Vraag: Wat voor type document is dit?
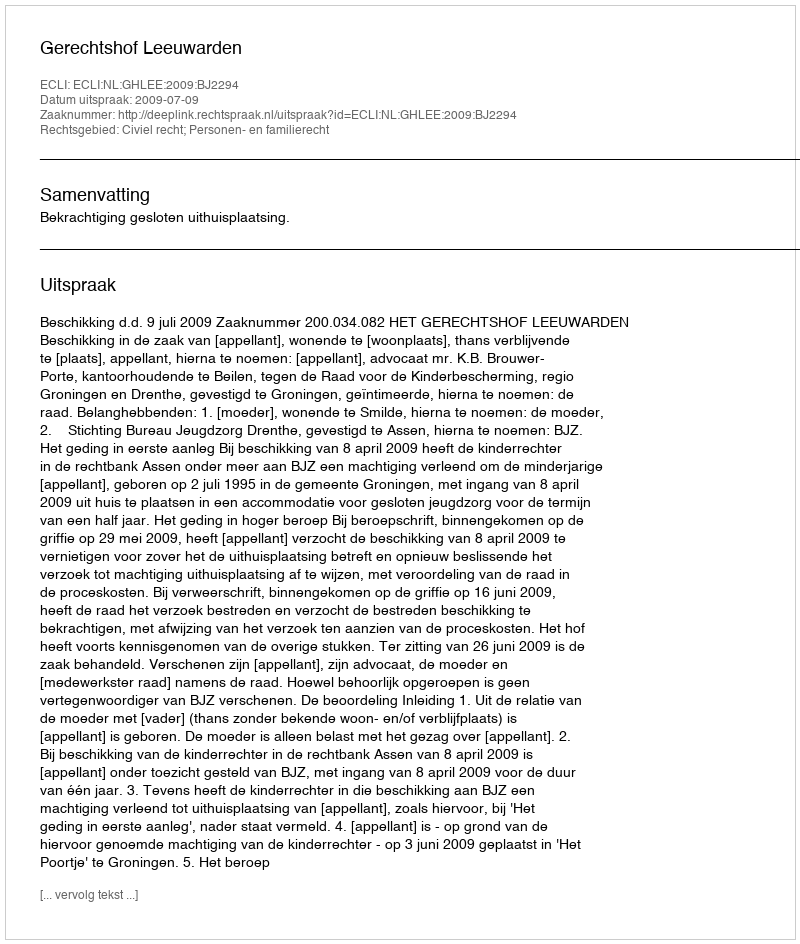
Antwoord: Uitspraak